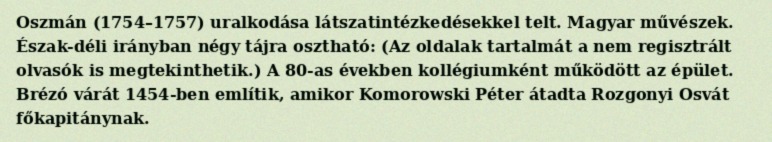
Oszmán (1754–1757) uralkodása látszatintézkedésekkel telt. Magyar művészek. Észak-déli irányban négy tájra osztható: (Az oldalak tartalmát a nem regisztrált olvasók is megtekinthetik.) A 80-as években kollégiumként működött az épület. Brézó várát 1454-ben említik, amikor Komorowski Péter átadta Rozgonyi Osvát főkapitánynak.